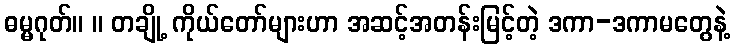
ဓမ္မဂုတ်။ ။ တချို့ ကိုယ်တော်များဟာ အဆင့်အတန်းမြင့်တဲ့ ဒကာ-ဒကာမတွေနဲ့